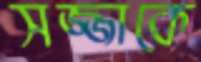
সজ্জাকে